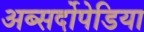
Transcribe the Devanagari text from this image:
अब्सर्दोपेडिया